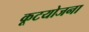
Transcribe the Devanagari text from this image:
कूटयोजना